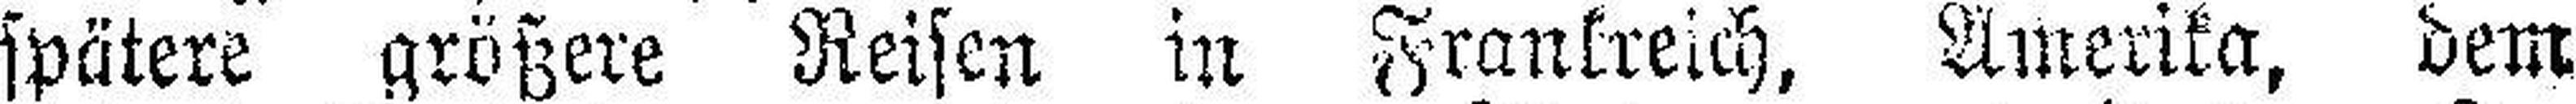
spätere größere Reisen in Frankreich, Amerika, dem